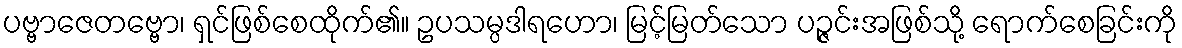
ပဗ္ဗာဇေတဗ္ဗော၊ ရှင်ဖြစ်စေထိုက်၏။ ဥပသမ္ပဒါရဟော၊ မြင့်မြတ်သော ပဉ္ဇင်းအဖြစ်သို့ ရောက်စေခြင်းကို